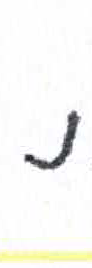
אות: נ